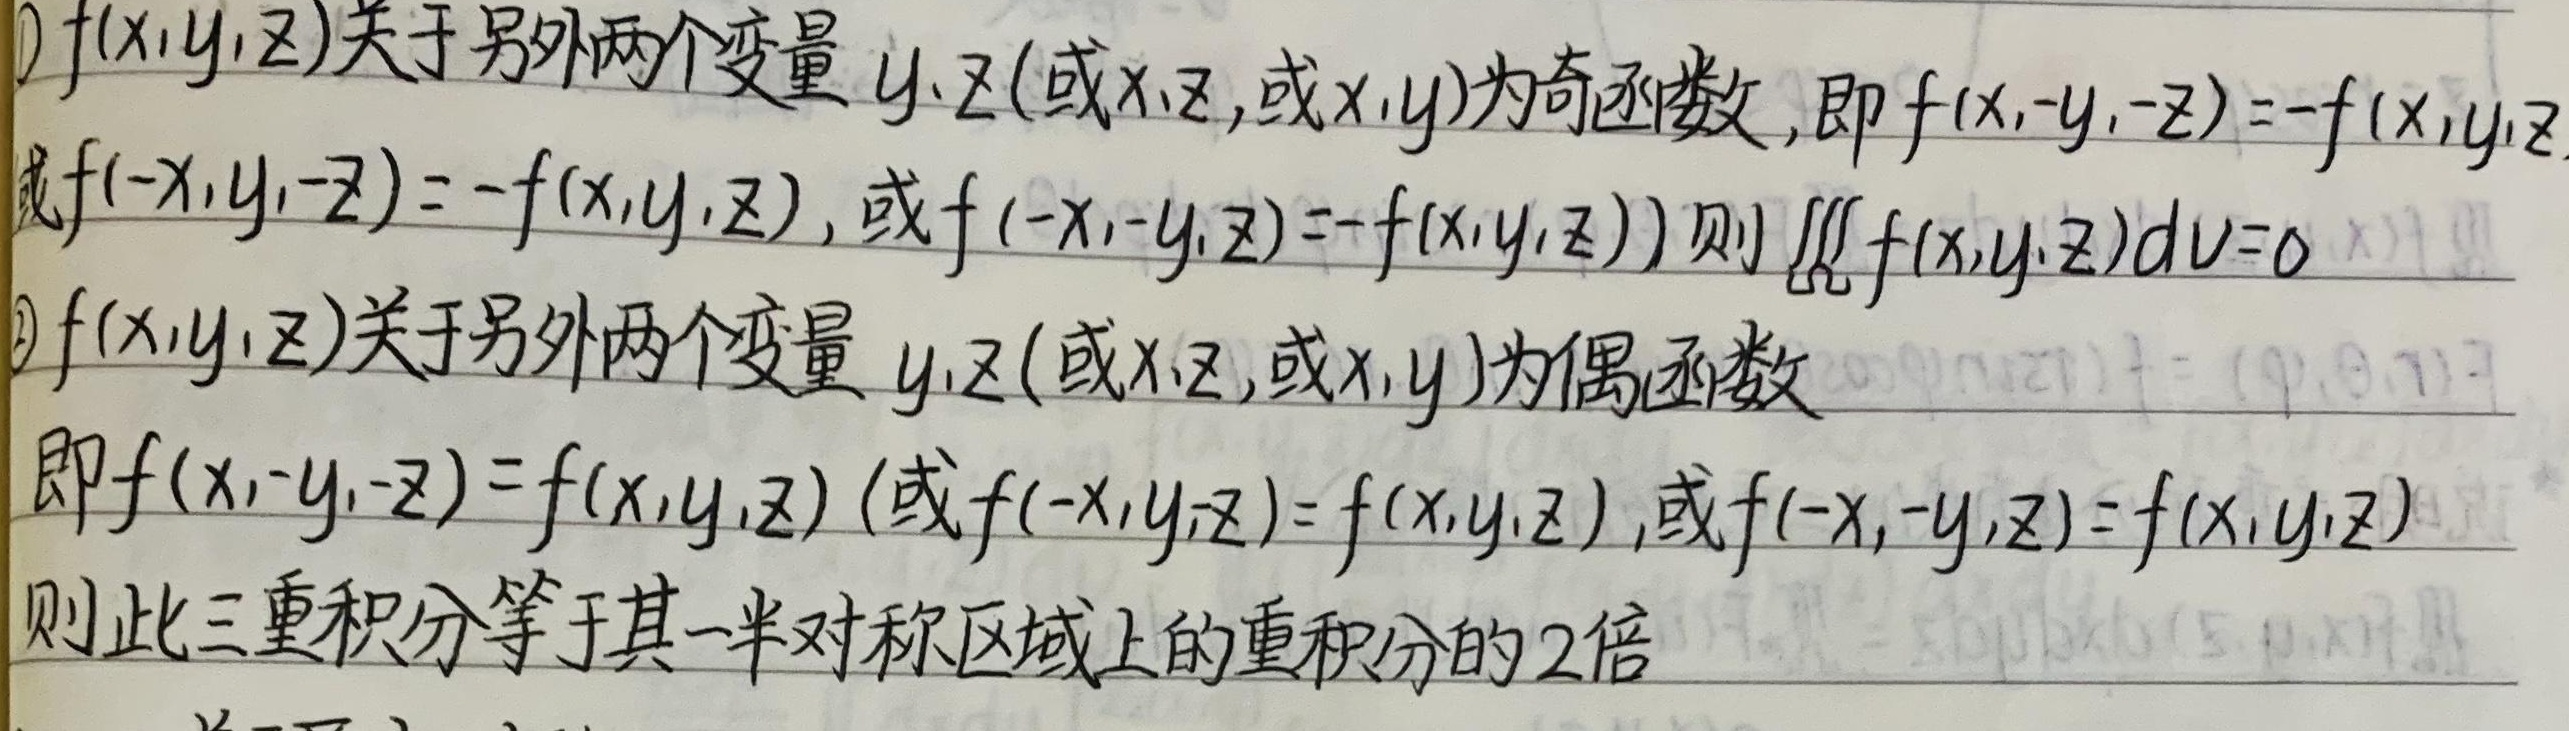
\textcircled{1}若\(f(x,y,z)\)关于另外两个变量 \(y,z\)（或\(x,z\)，或\(x,y\)）为奇函数，即\(f(x,-y,-z)=-f(x,y,z)\)或\(f(-x,y,-z)=-f(x,y,z)\)，或\(f(-x,-y,z)=-f(x,y,z)\)，则\(\iiint f(x,y,z)dv = 0\)。
\textcircled{2}若\(f(x,y,z)\)关于另外两个变量 \(y,z\)（或\(x,z\)，或\(x,y\)）为偶函数，即\(f(x,-y,-z)=f(x,y,z)\)（或\(f(-x,y,z)=f(x,y,z)\)，或\(f(-x,-y,z)=f(x,y,z)\)），则此三重积分等于其一半对称区域上的重积分的\(2\)倍。